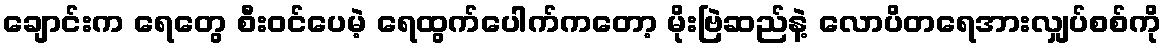
ချောင်းက ရေတွေ စီးဝင်ပေမဲ့ ရေထွက်ပေါက်ကတော့ မိုးဗြဲဆည်နဲ့ လောပိတရေအားလျှပ်စစ်ကို